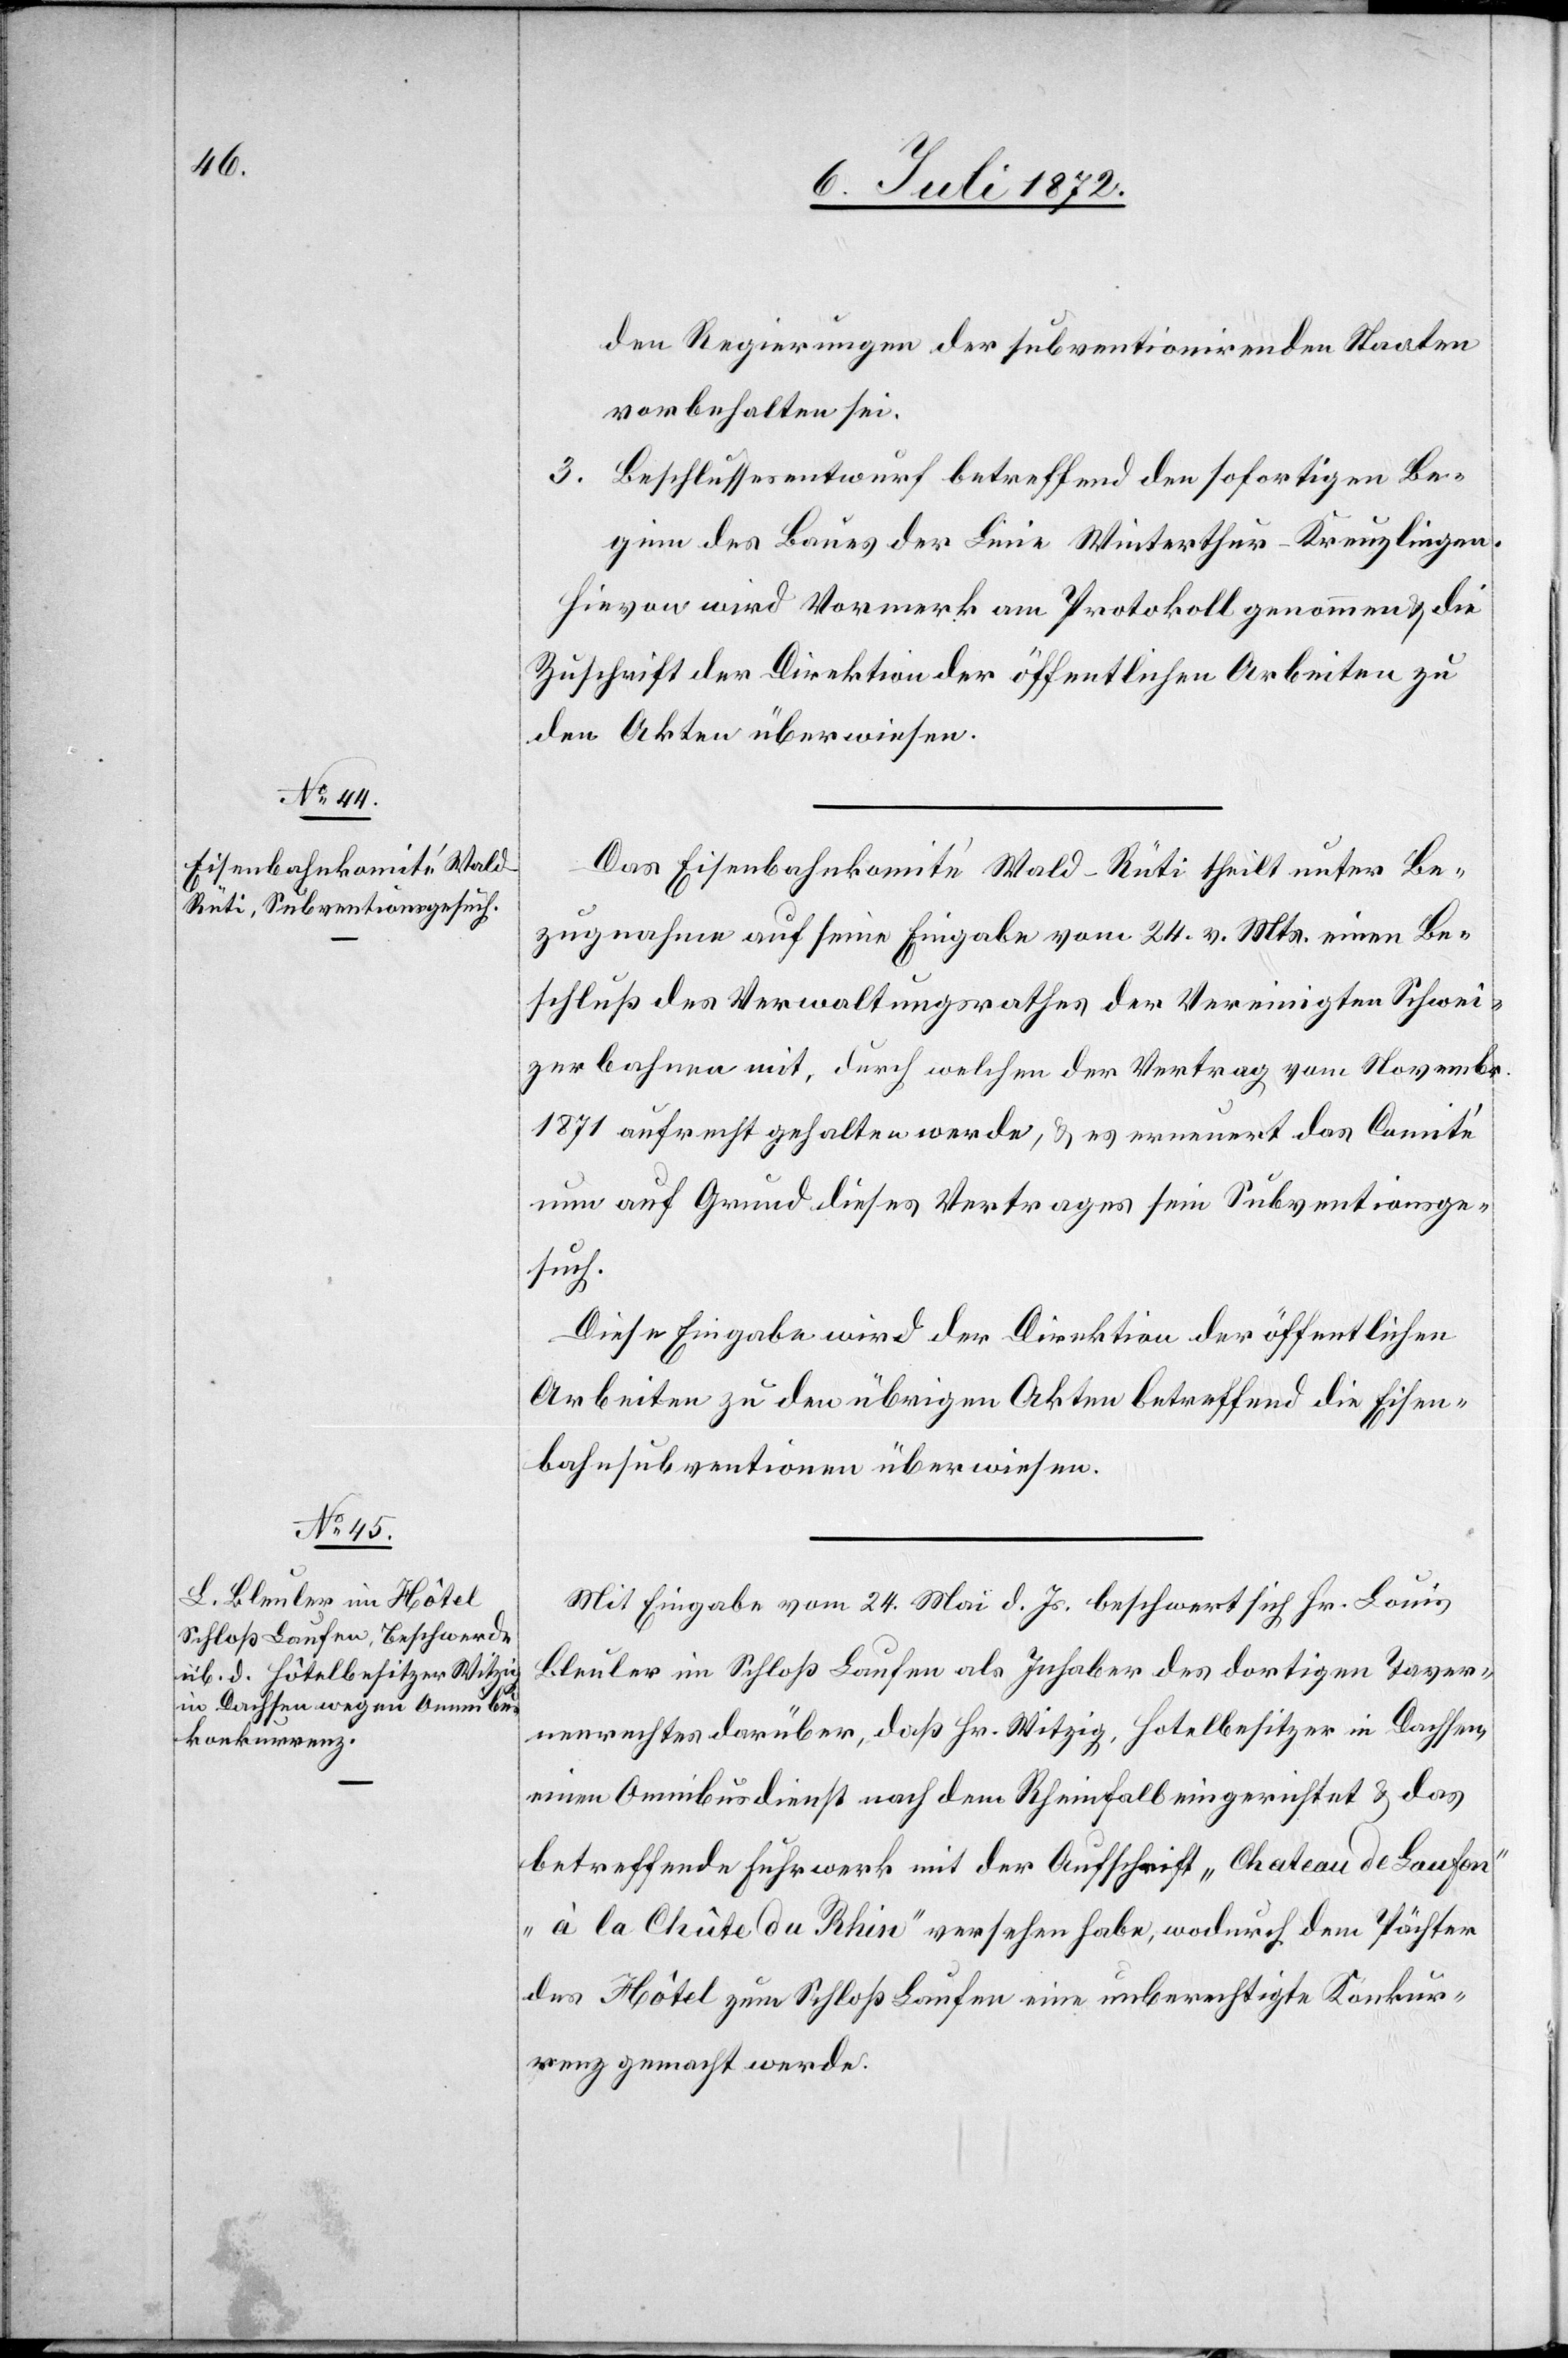
den Regierungen der subventionirenden Staaten
vorbehalten sei.
3. Beschlussesentwurf betreffend den sofortigen Be¬
ginn des Baues der Linie Winterthur–Kreuzlingen.
Hievon wird Vormerk am Protokoll genommen u. die
Zuschrift der Direktion der öffentlichen Arbeiten zu
den Akten überwiesen.
Das Eisenbahnkomité Wald–Rüti theilt unter Be¬
zugnahme auf seine Eingabe vom 24. v. Mts. einen Be¬
schluß des Verwaltungsrathes der Vereinigten Schwei¬
zerbahnen mit, durch welchen der Vertrag vom November
1871 aufrecht gehalten werde, u. es erneuert das Comité
nun auf Grund dieses Vertrages sein Subventionsge¬
such.
Diese Eingabe wird der Direktion der öffentlichen
Arbeiten zu den übrigen Akten betreffend die Eisen¬
bahnsubventionen überwiesen.
Mit Eingabe vom 24. Mai d. Js. beschwert sich Hr. Louis
Bleuler im Schloß Laufen als Inhaber darüber, daß Hr.
einen Omnibusdienst nach dem Rheinfall eingerichtet u. das
betreffende Fuhrwerk mit der Aufschrift „Chateau de Laufen“
„à la Chûte du Rhin“ versehen habe, wodurch dem Pächter
des Hôtel zum Schloß Laufen eine unberechtigte Konkur¬
renz gemacht werde.